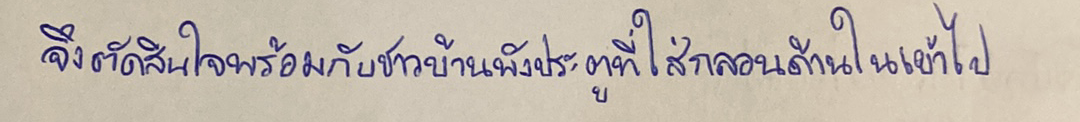
จึงตัดสินใจพร้อมกับชาวบ้านพังประตูที่ใส่กลอนด้านในเข้าไป